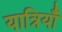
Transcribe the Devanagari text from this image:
यात्रियाँ